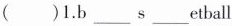
( )1. b___s___etball